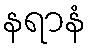
နရာနံ